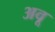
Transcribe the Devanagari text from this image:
अवू